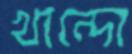
খান্দো